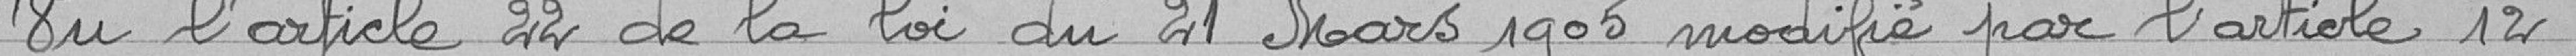
Vu l'article 22 de la loi du 21 mars 1905 modifié par l'article 12